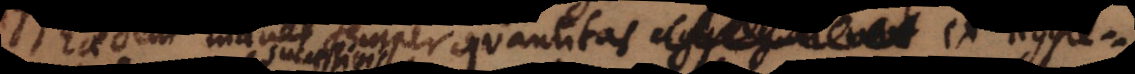
Eadem manet semper quantitas ex aggre